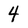
Character: 4